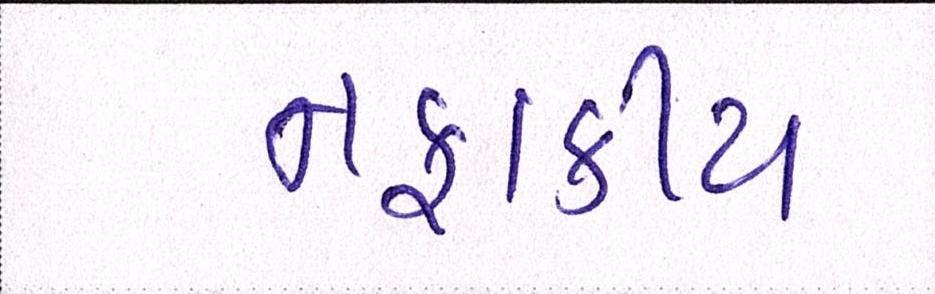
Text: નફાકીય